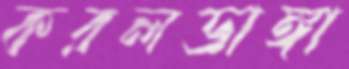
করলডাঙ্গা